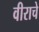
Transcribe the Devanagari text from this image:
वीराचे